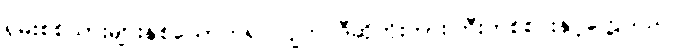
ရှမ်းစစ်သားများနှစ်ယောက်ရပ်လျက် ဒီဆိုတိုးကားကြီးတစ်စင်းနှင့်တွေ့သည်။